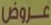
عروض